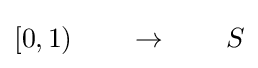
[0,1)\qquad \to \qquad S